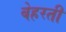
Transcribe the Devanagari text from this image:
बेहरती